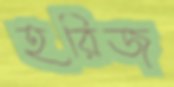
হরিজ